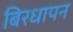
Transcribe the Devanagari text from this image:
बिरधापन